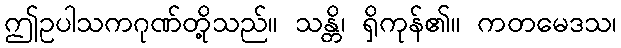
ဤဥပါသကဂုဏ်တို့သည်။ သန္တိ၊ ရှိကုန်၏။ ကတမေဒသ၊